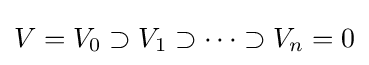
V=V_{0}\supset V_{1}\supset \cdots \supset V_{n}=0